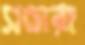
সন্ডারা